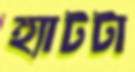
হ্যাটটা